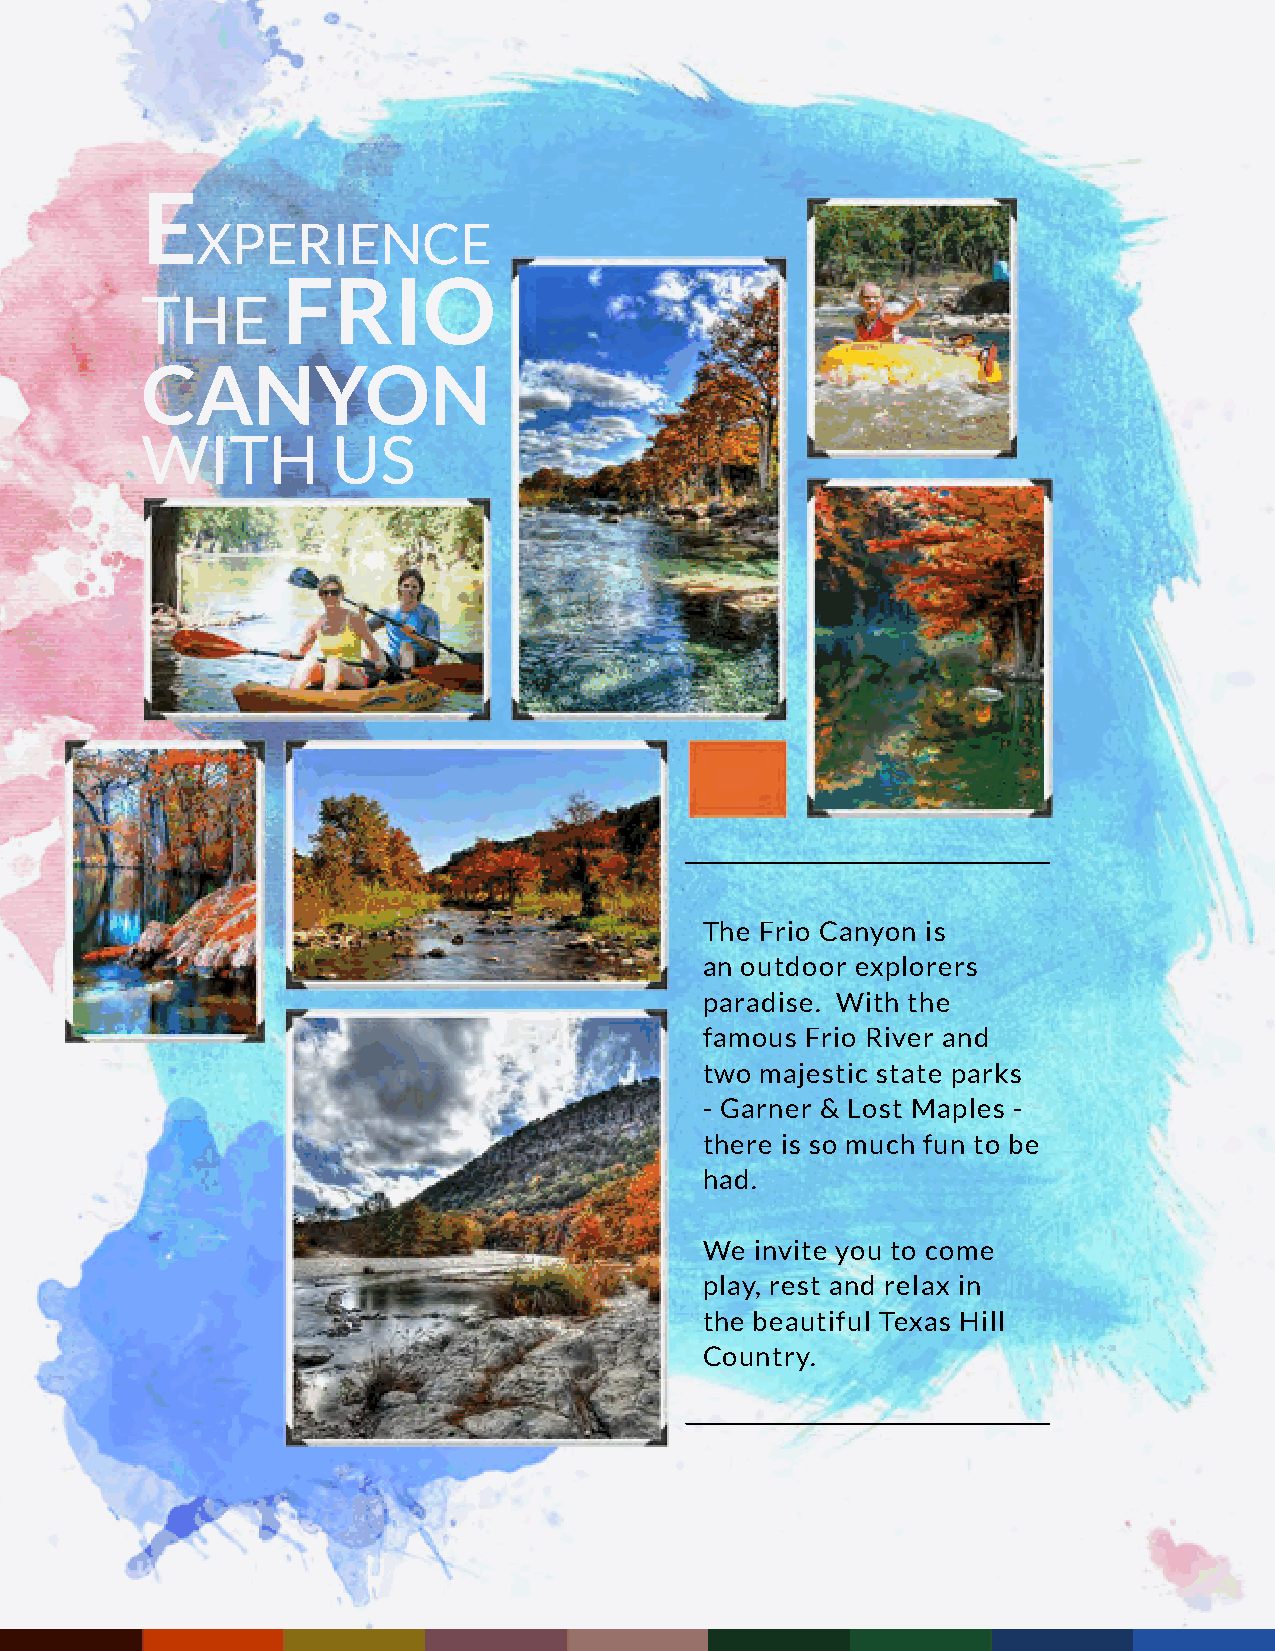
E
 XPERIENCE
 FRIO
 THE
 CANYON
 WITH         US
 The Frio Canyon is
 an outdoor explorers
 paradise. With the
 famous Frio River and
 two majestic state parks
 - Garner & Lost Maples -
 there is so much fun to be
 had.
 We invite you to come
 play, rest and relax in
 the beautiful Texas Hill
 Country.